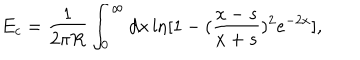
LaTeX: E _ { c } = \frac { 1 } { 2 \pi R } \int _ { 0 } ^ { \infty } d x \ln [ 1 - ( \frac { x - s } { x + s } ) ^ { 2 } e ^ { - 2 x } ] ,